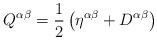
LaTeX: \begin{align*}Q^{\alpha \beta }=\frac{1}{2}\left( \eta ^{\alpha \beta }+D^{\alpha \beta}\right) \end{align*}